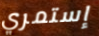
إستمري